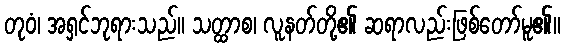
တုဝံ၊ အရှင်ဘုရားသည်။ သတ္ထာစ၊ လူနတ်တို့၏ ဆရာလည်းဖြစ်တော်မူ၏။